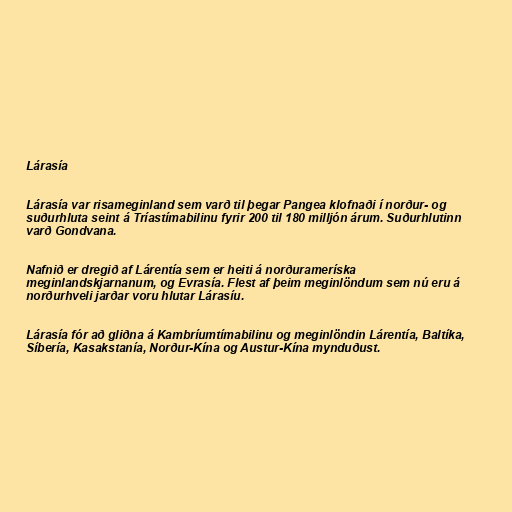
Lárasía

Lárasía var risameginland sem varð til þegar Pangea klofnaði í norður- og
suðurhluta seint á Tríastímabilinu fyrir 200 til 180 milljón árum. Suðurhlutinn
varð Gondvana.

Nafnið er dregið af Lárentía sem er heiti á norðurameríska
meginlandskjarnanum, og Evrasía. Flest af þeim meginlöndum sem nú eru á
norðurhveli jarðar voru hlutar Lárasíu.

Lárasía fór að gliðna á Kambríumtímabilinu og meginlöndin Lárentía, Baltíka,
Síbería, Kasakstanía, Norður-Kína og Austur-Kína mynduðust.